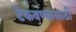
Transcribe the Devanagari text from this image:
टेकवण्यासाठी